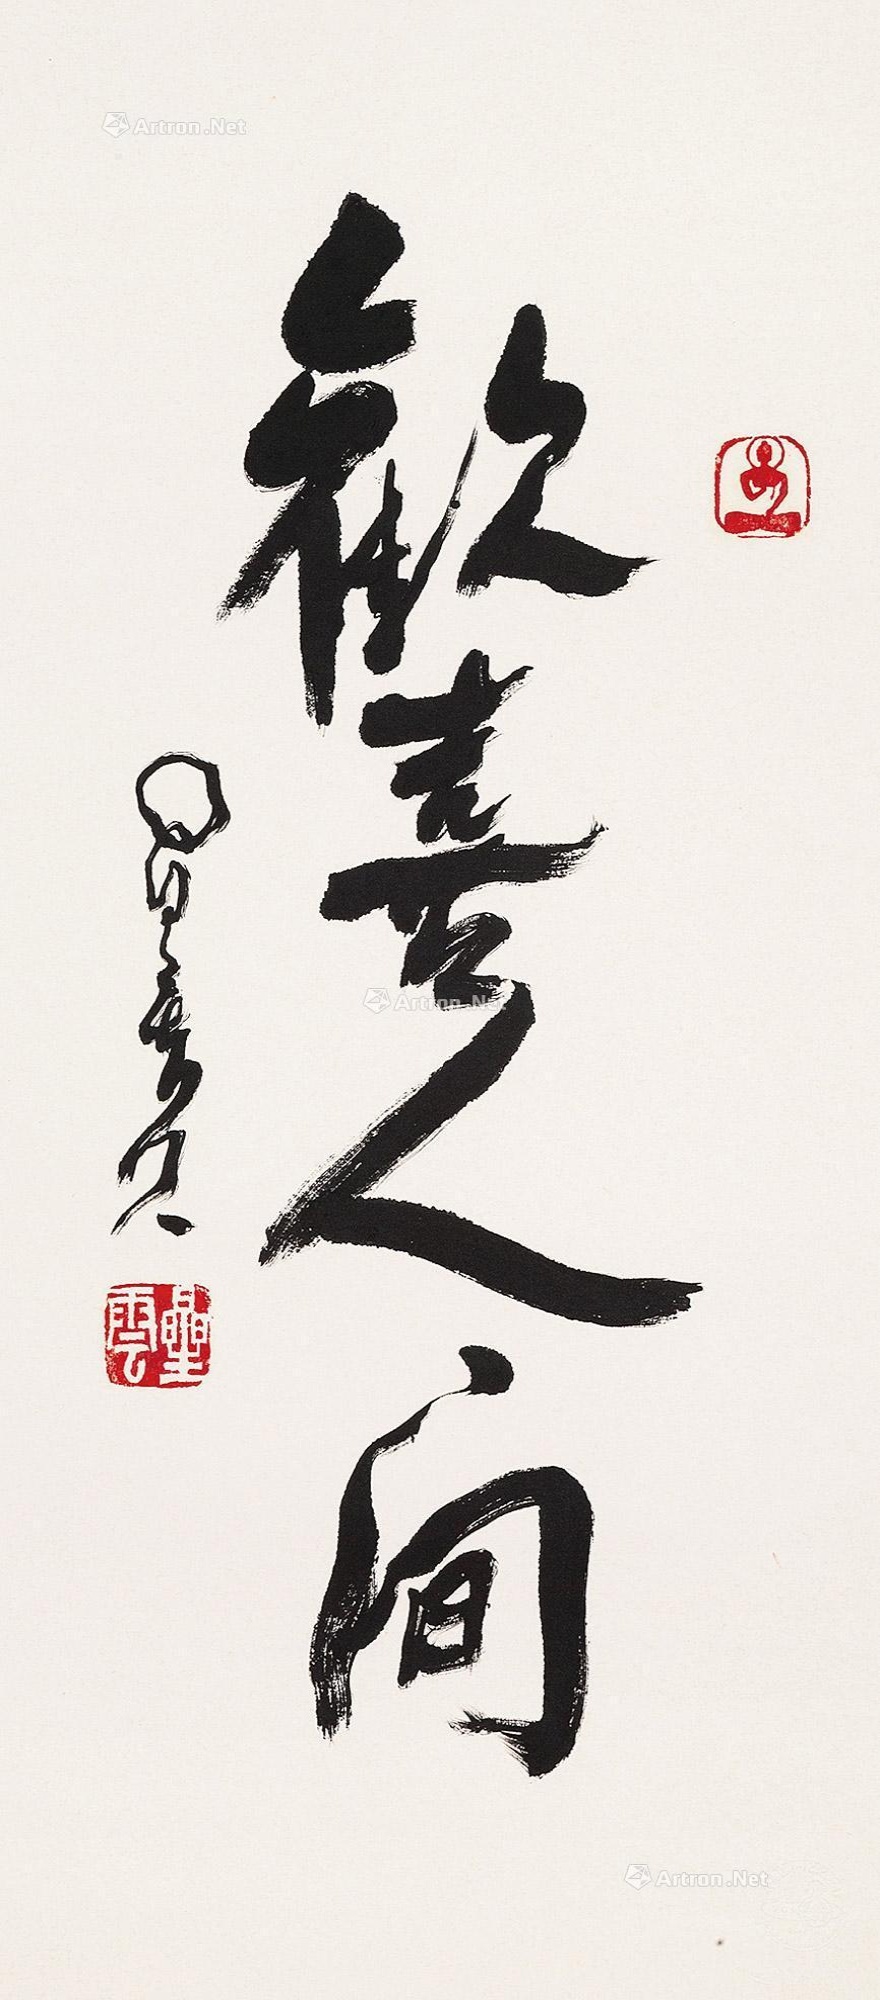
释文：欢喜人间。星云。